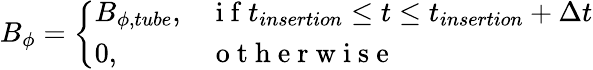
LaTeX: B_{\phi}=\left\{ \begin{array}{ll}{B_{\phi,tube},}&{\mathrm{~i~f~}t_{insertion}\le t\le t_{insertion}+\Delta t}\\ {0,}&{\mathrm{~o~t~h~e~r~w~i~s~e~}}\end{array}\right.